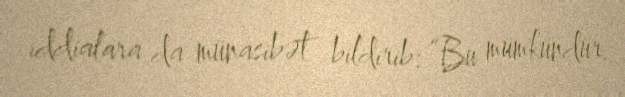
iddialara da münasibət bildirib: “Bu mümkündür.